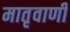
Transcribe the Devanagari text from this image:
मातृवाणी